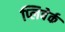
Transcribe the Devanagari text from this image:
प्लिबेर्क